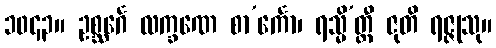
၁၀၄၃။ ဥစ္ဆင်္ဂေ လက္ခဏေ စာ’င်္ကော၊ ရသ္မိ’တ္ထီ ဇုတိ ရဇ္ဇုသု။